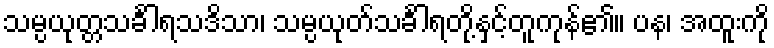
သမ္ပယုတ္တသင်္ခါရသဒိသာ၊ သမ္ပယုတ်သင်္ခါရတို့နှင့်တူကုန်၏။ ပန၊ အထူးကို